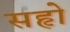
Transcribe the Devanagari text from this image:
सहृो